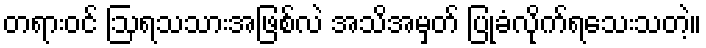
တရားဝင် ဩရသသားအဖြစ်လဲ အသိအမှတ် ပြုခံလိုက်ရသေးသတဲ့။